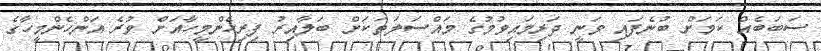
ސަބަބެއް ކަމަށް ބުނެފައި ވަނީ ދަރިމައިވުމުގެ މައްސަލަތަކަށް ބަލާއިރު ފިރިހެންމީހާއަށް ވުރެ އަންހެންމީހާގެ